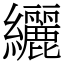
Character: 纚